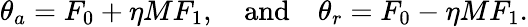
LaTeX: \theta_{a}=F_{0}+\eta MF_{1},\quad\textrm{and}\quad\theta_{r}=F_{0}-\eta MF_{1}.